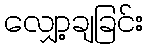
လျှော့ချခြင်း